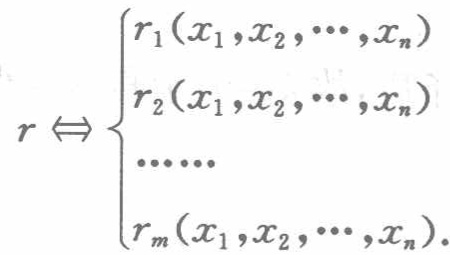
\[

r \Leftrightarrow

\begin{cases}

r_1(x_1,x_2,\cdots,x_n)\\

r_2(x_1,x_2,\cdots,x_n)\\

\cdots\cdots\\

r_m(x_1,x_2,\cdots,x_n).

\end{cases}

\]